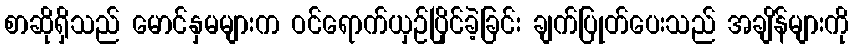
စာဆိုရှိသည် မောင်နှမများက ဝင်ရောက်ယှဉ်ပြိုင်ခဲ့ခြင်း ချက်ပြုတ်ပေးသည် အချိန်များကို